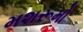
મશરૂમો